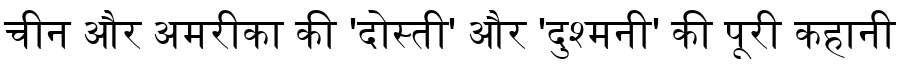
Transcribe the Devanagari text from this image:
चीन और अमरीका की 'दोस्ती' और 'दुश्मनी' की पूरी कहानी